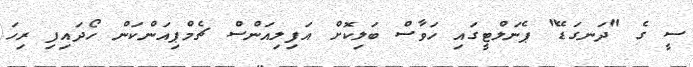
ސީ ގެ "ދަނގަޑޭ" ޕެނަލްޓީގައި ހަވާސް ބަލިކޮށް އަފިލިއަންސް ޗެމްޕިއަންކަން ހޯދައިފި ރިހަ